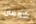
شيرمان